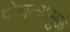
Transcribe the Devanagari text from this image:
पोचल्यामुळे